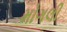
મોગલી